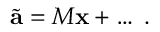
\tilde { \bf { a } } = M { \bf x } + \ldots \; .